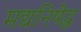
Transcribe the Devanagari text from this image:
मद्यनिषेद्ध